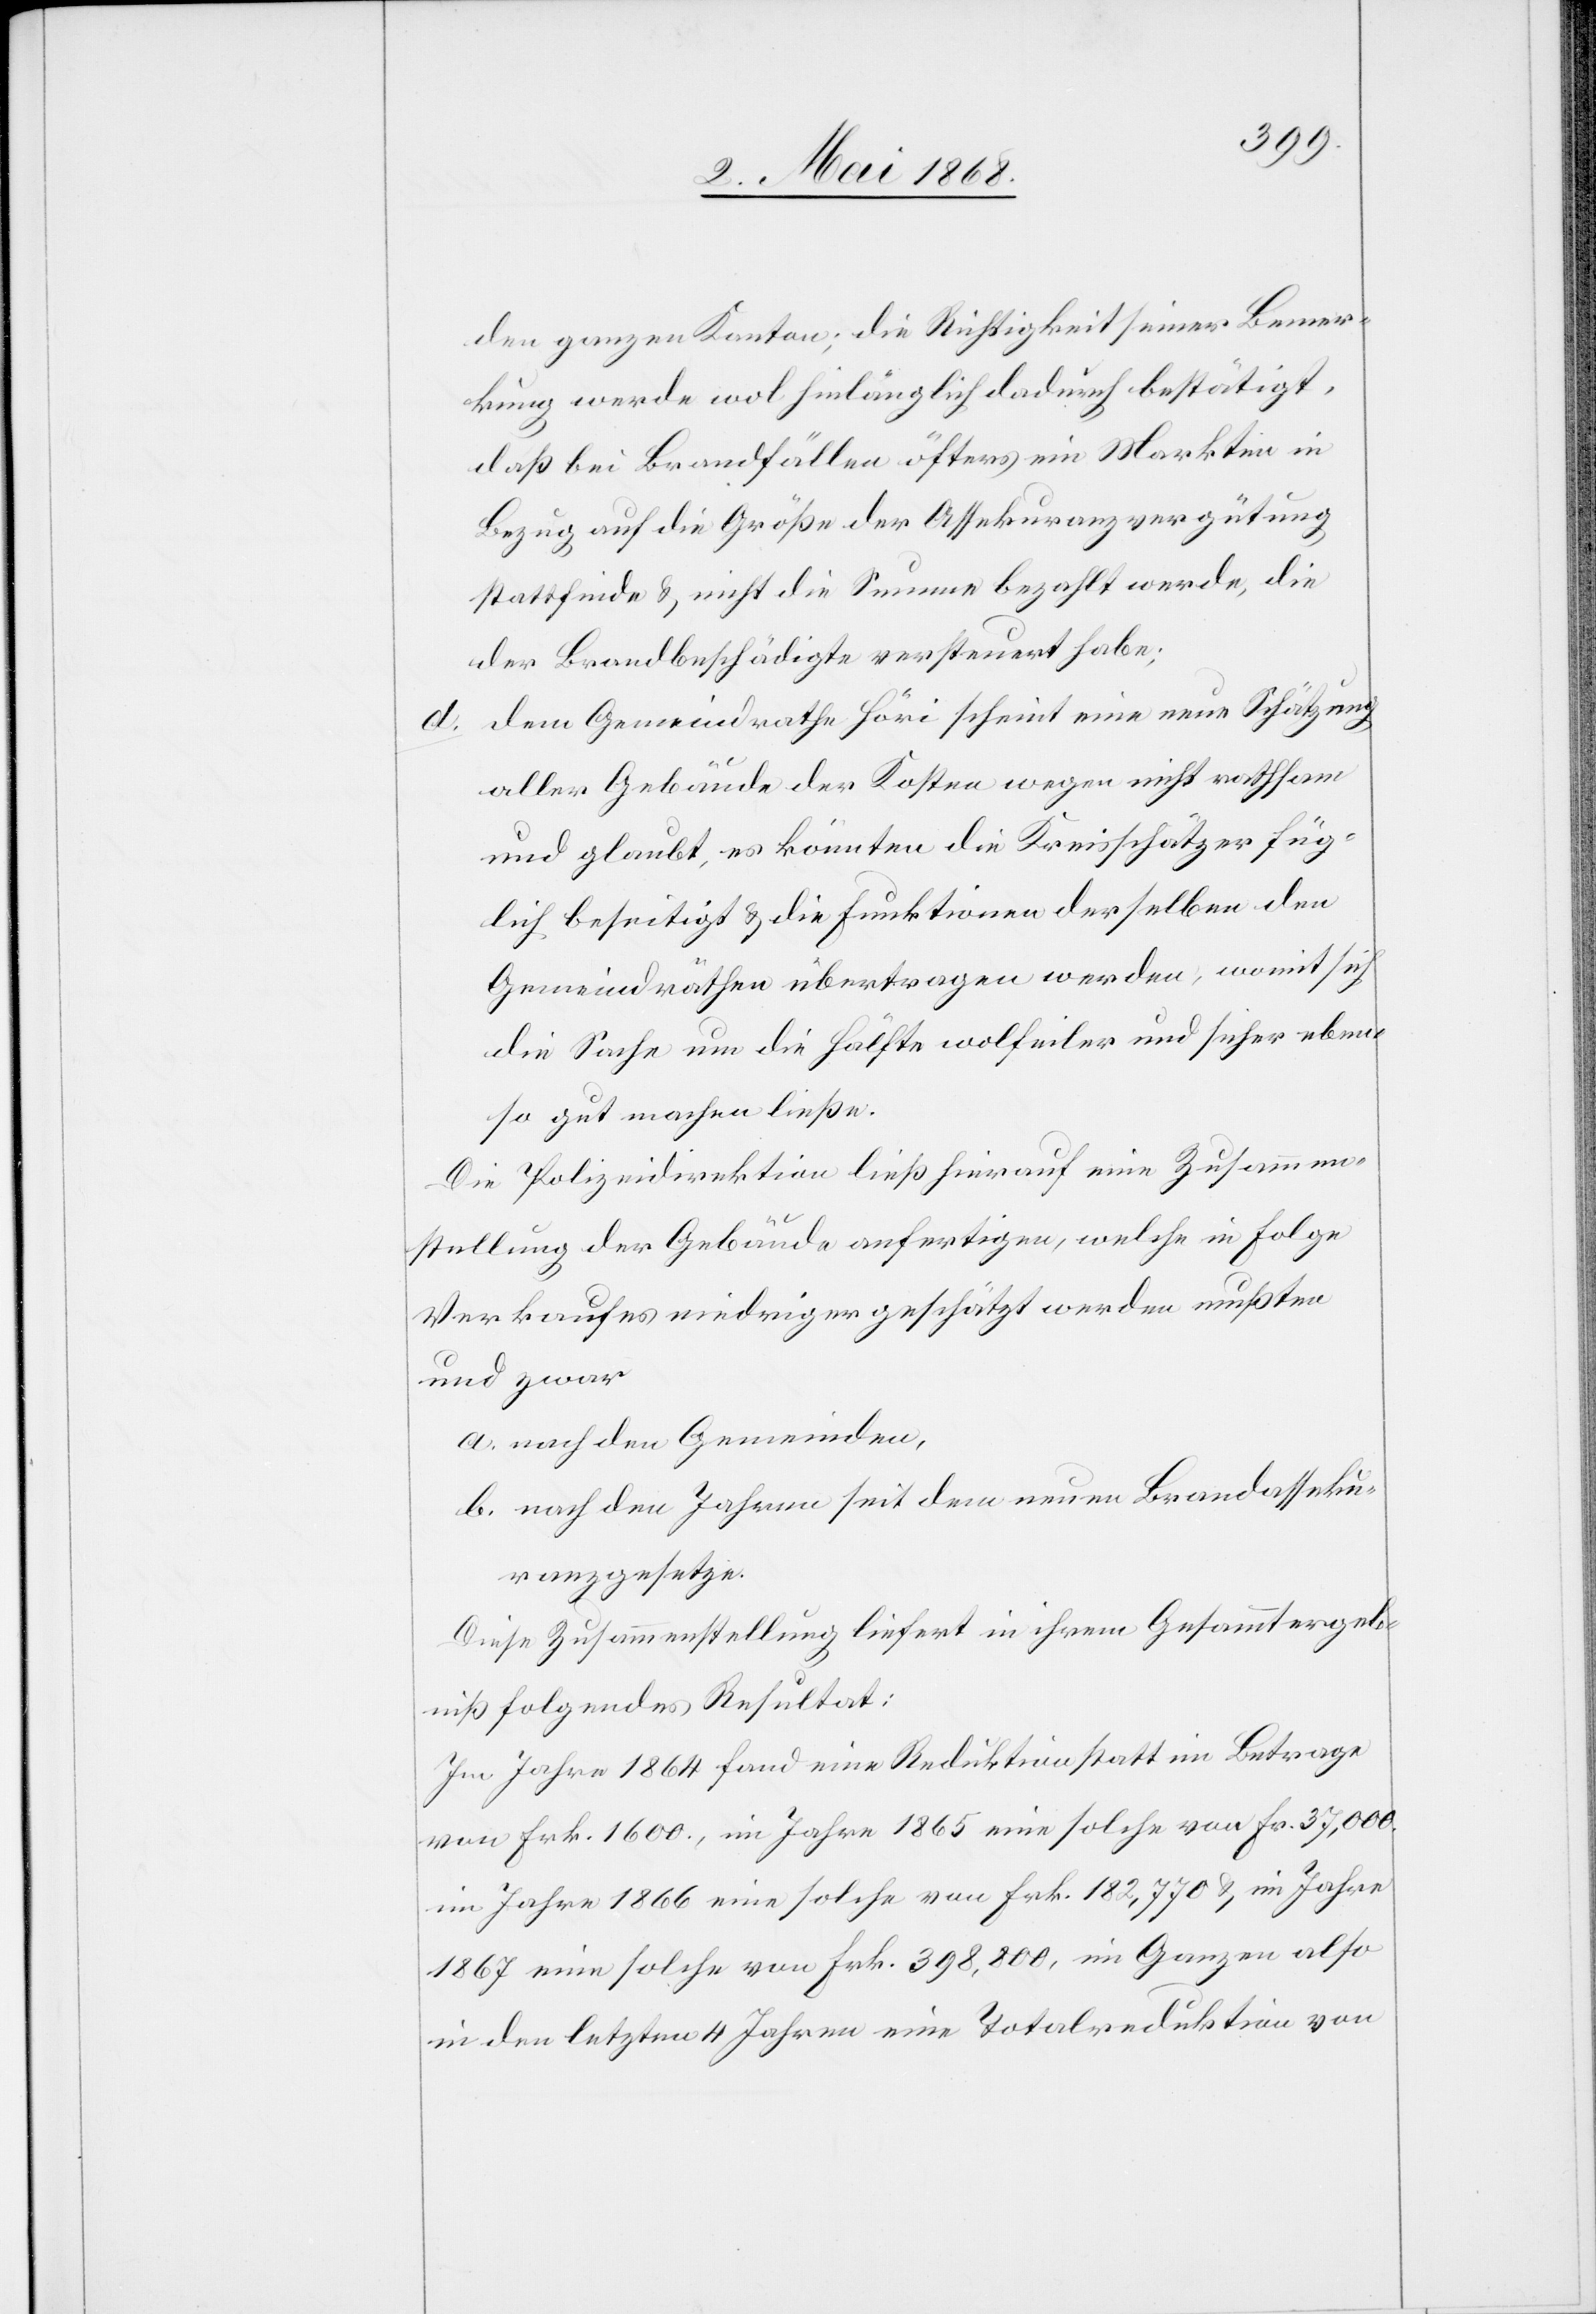
den ganzen Kanton; die Richtigkeit seiner Bemer¬
kung werde wol hinlänglich dadurch bestätigt,
daß bei Brandfällen öfters ein Markten in
Bezug auf die Größe der Assekuranzvergütung
stattfinde & nicht die Summe bezahlt werde, die
der Brandbeschädigte versteuert habe;
dem Gemeindrathe Höri scheint eine neue Schätzung
aller Gebäude der Kosten wegen nicht rathsam
und glaubt, es könnten die Kreisschätzer füg¬
lich beseitigt & die Funktionen derselben den
Gemeindräthen übertragen werden, womit sich
die Sache um die Hälfte wolfeiler und sicher eben¬
so gut machen ließe.
Die Polizeidirektion ließ hierauf eine Zusammen¬
stellung der Gebäude anfertigen, welche in Folge
Verkaufes niedriger geschätzt werden mußten
und zwar
nach den Gemeinden,
nach den Jahren seit dem neuen Brandasseku¬
ranzgesetze.
Diese Zusammenstellung liefert in ihrem Gesammtergeb¬
niß folgendes Resultat:
Im Jahre 1864 fand eine Reduktion statt im Betrage
von Frk. 1600., im Jahre 1865 eine solche von Fr. 37,000.[,]
im Jahre 1866 eine solche von Frk. 182,770 & im Jahre
1867 eine solche von Frk. 398,800, im Ganzen also
in den letzten 4 Jahren eine Totalreduktion von